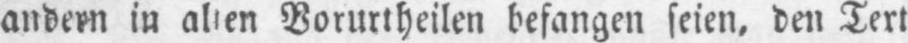
Vorurtheilen befangen seien, den Text